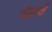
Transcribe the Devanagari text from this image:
पॅराग्वे